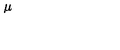
\mu